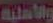
والأهلية